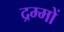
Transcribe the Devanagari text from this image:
द्रम्मों